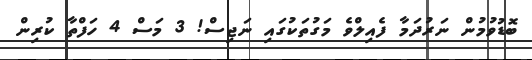
ބޮޑުވުމުން ނަރުދަމާ ފެއިލްވެ މަގުތަކުގައި ނަޖިސް! 3 މަސް 4 ހަފްތާ ކުރިން